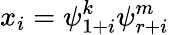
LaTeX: x_{i}=\psi_{1+i}^{k}\psi_{r+i}^{m}